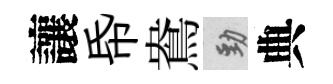
讓帋鴦勁典